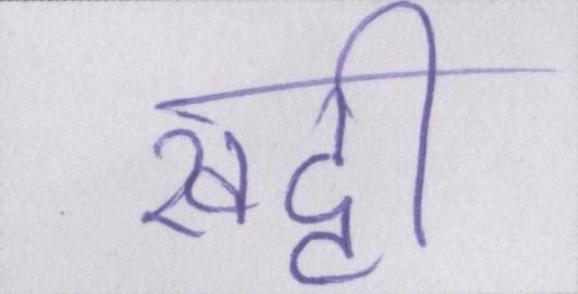
खट्टी